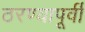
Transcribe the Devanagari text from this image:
ठरण्यापूर्वी